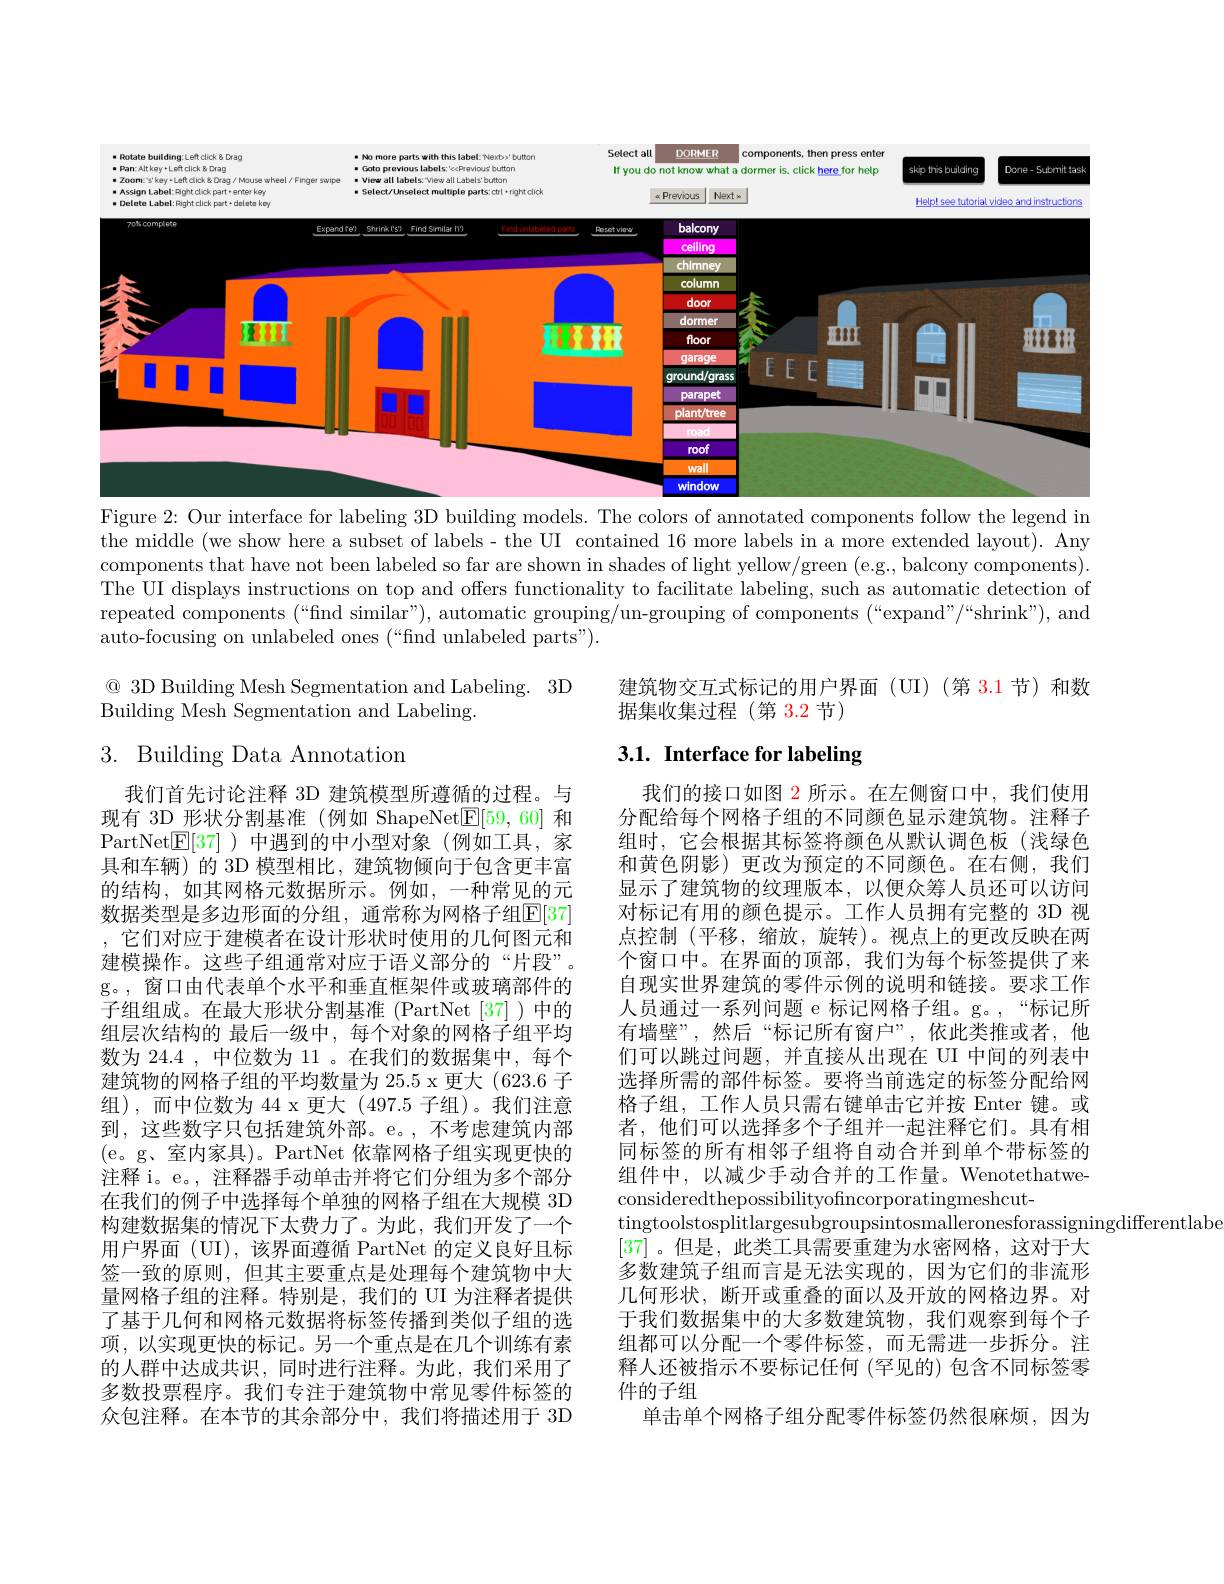
<FigureHere>

Figure $2{:\text{ Our interface for labeling 3D building models. The colors of annotated components follow the legend in}}$

the middle (we show here a subset of labels - the UI contained 16 more labels in a more extended layout). Any components that have not been labeled so far are shown in shades of light yellow/green (e.g., balcony components) The UI displays instructions on top and offers functionality to facilitate labeling, such as automatic detection of repeated components (“find similar”), automatic grouping/un-grouping of components (“expand"/“shrink”), and auto-focusing on unlabeled ones (“find unlabeled parts").

$\textcircled{\mathrm{Q}}$ 3D Building Mesh Segmentation and Labeling. 3D

建筑物交互式标记的用户界面(UI)(第 3.1 节)和数
据集收集过程(第 3.2 节)

Building Mesh Segmentation and Labeling.

# 3. Building Data Annotation

# 3.1. Interface for labeling

我们首先讨论注释 3D 建筑模型所遵循的过程。与现有 3D 形状分割基准(例如 ShapeNetE[59,60]和PartNet$\underline{\mathrm{E}}[37]$ )中遇到的中小型对象(例如工具，家具和车辆)的 3D 模型相比，建筑物倾向于包含更丰富的结构，如其网格元数据所示。例如，一种常见的元数据类型是多边形面的分组，通常称为网格子组$\mathbb{E}[37]$ ,它们对应于建模者在设计形状时使用的几何图元和建模操作。这些子组通常对应于语义部分的“片段”。g。,窗口由代表单个水平和垂直框架件或玻璃部件的子组组成。在最大形状分割基准(PartNet[37])中的组层次结构的 最后一级中，每个对象的网格子组平均数为 24.4 , 中位数为 11 。在我们的数据集中，每个建筑物的网格子组的平均数量为 25.5 x 更大 (623.6 子组),而中位数为 44 x 更大 (497.5 子组)。我们注意到，这些数字只包括建筑外部。e。,不考虑建筑内部(e。g、室内家具)。PartNet 依靠网格子组实现更快的注释 i。e。, 注释器手动单击并将它们分组为多个部分在我们的例子中选择每个单独的网格子组在大规模 3D 构建数据集的情况下太费力了。为此，我们开发了一个用户界面 (UI), 该界面遵循 PartNet 的定义良好且标签一致的原则，但其主要重点是处理每个建筑物中大量网格子组的注释。特别是，我们的 UI 为注释者提供了基于几何和网格元数据将标签传播到类似子组的选项，以实现更快的标记。另一个重点是在几个训练有素的人群中达成共识，同时进行注释。为此，我们采用了多数投票程序。我们专注于建筑物中常见零件标签的众包注释。在本节的其余部分中，我们将描述用于 3D

我们的接口如图 2 所示。在左侧窗口中，我们使用分配给每个网格子组的不同颜色显示建筑物。注释子组时，它会根据其标签将颜色从默认调色板(浅绿色和黄色阴影)更改为预定的不同颜色。在右侧，我们显示了建筑物的纹理版本，以便众筹人员还可以访问对标记有用的颜色提示。工作人员拥有完整的 3D 视点控制 (平移，缩放，旋转)。视点上的更改反映在两个窗口中。在界面的顶部，我们为每个标签提供了来自现实世界建筑的零件示例的说明和链接。要求工作人员通过一系列问题 e 标记网格子组。g。,“标记所有墙壁”,然后“标记所有窗户”,依此类推或者，他们可以跳过问题，并直接从出现在 UI 中间的列表中选择所需的部件标签。要将当前选定的标签分配给网格子组，工作人员只需右键单击它并按 Enter 键。或者，他们可以选择多个子组并一起注释它们。具有相同标签的所有相邻子组将自动合并到单个带标签的组件中，以减少手动合并的工作量。Wenotethatweconsideredthepossibilityofncorporatingmeshcut-
$\begin{array}{c}\text{tingtoolstosplitlargesubgroupsintosmalleronesforassigningdifferentlabe}\\\end{array}$
[37] 。但是，此类工具需要重建为水密网格，这对于大多数建筑子组而言是无法实现的，因为它们的非流形几何形状，断开或重叠的面以及开放的网格边界。对于我们数据集中的大多数建筑物，我们观察到每个子组都可以分配一个零件标签，而无需进一步拆分。注释人还被指示不要标记任何 (罕见的)包含不同标签零件的子组
单击单个网格子组分配零件标签仍然很麻烦，因为